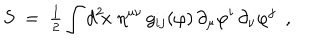
S ~ = ~ { \textstyle { \frac { 1 } { 2 } } } \int d ^ { 2 } \! x \; \eta ^ { \mu \nu } \, g _ { i j } ( \varphi ) \, \partial _ { \mu } \varphi ^ { i } \, \partial _ { \nu } \varphi ^ { j } ~ ~ ,